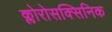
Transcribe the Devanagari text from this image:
क्लोरोसक्सिनिक